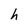
Character: h